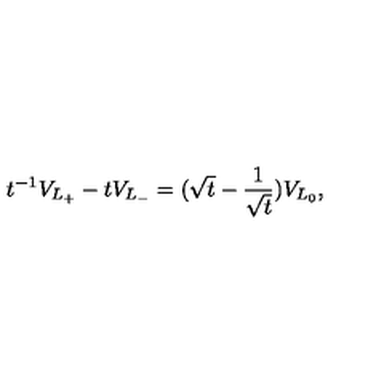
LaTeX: t ^ { - 1 } V _ { L _ { + } } - t V _ { L _ { - } } = ( \sqrt { t } - \frac { 1 } { \sqrt { t } } ) V _ { L _ { 0 } } ,